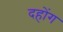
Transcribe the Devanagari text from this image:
दहोंग